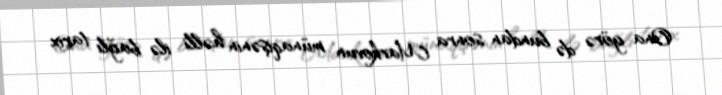
Ona görə də bundan sonra Markovun münaqişənin həlli ilə bağlı tarix